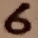
Text: 6